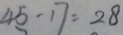
4 5 - 1 7 = 2 8